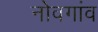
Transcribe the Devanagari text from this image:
नोवगांव